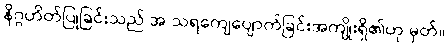
နိဂ္ဂဟိတ်ပြုခြင်းသည် အ သရကျေပျောက်ခြင်းအကျိုးရှိ၏ဟု မှတ်။